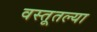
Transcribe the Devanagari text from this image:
वस्तूतल्या